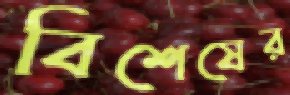
বিশেষের